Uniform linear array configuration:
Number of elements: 8
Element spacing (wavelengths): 1
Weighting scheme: hann
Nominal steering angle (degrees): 15
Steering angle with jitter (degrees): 15.706
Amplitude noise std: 0.05
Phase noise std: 0.05

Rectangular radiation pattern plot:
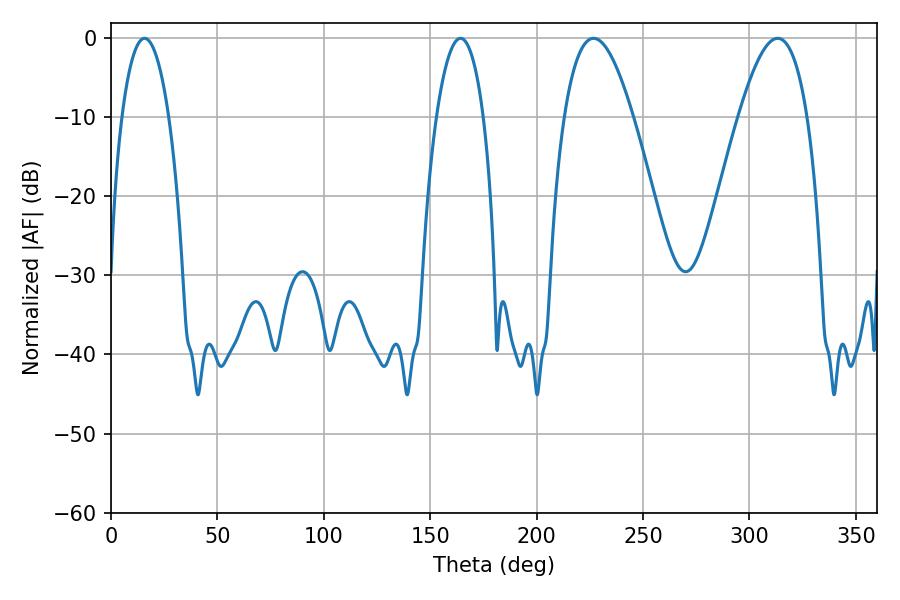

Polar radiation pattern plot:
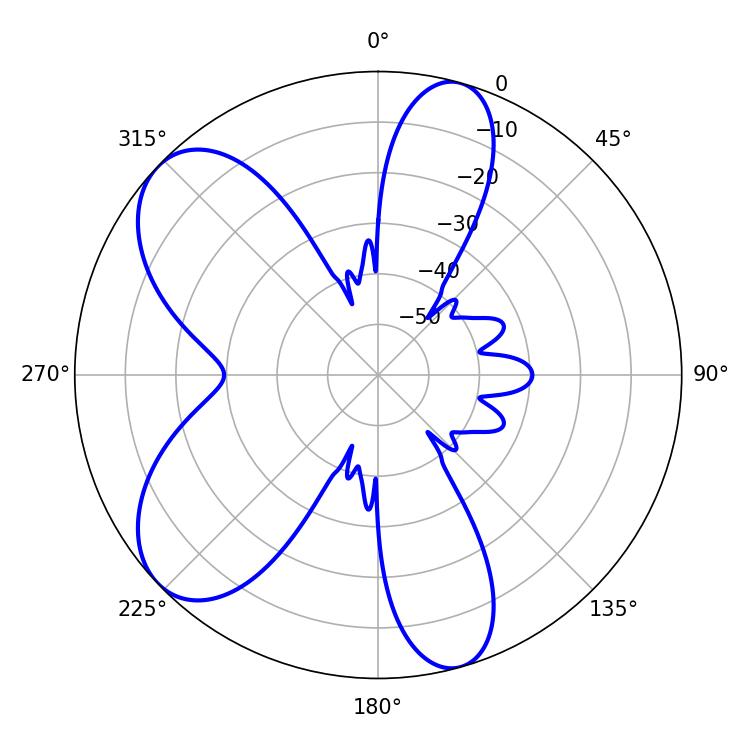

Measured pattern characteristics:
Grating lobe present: TRUE
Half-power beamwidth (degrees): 17.64
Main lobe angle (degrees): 226.8